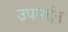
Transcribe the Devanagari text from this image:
उपमर्दन